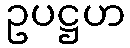
ဥပဋ္ဌဟ